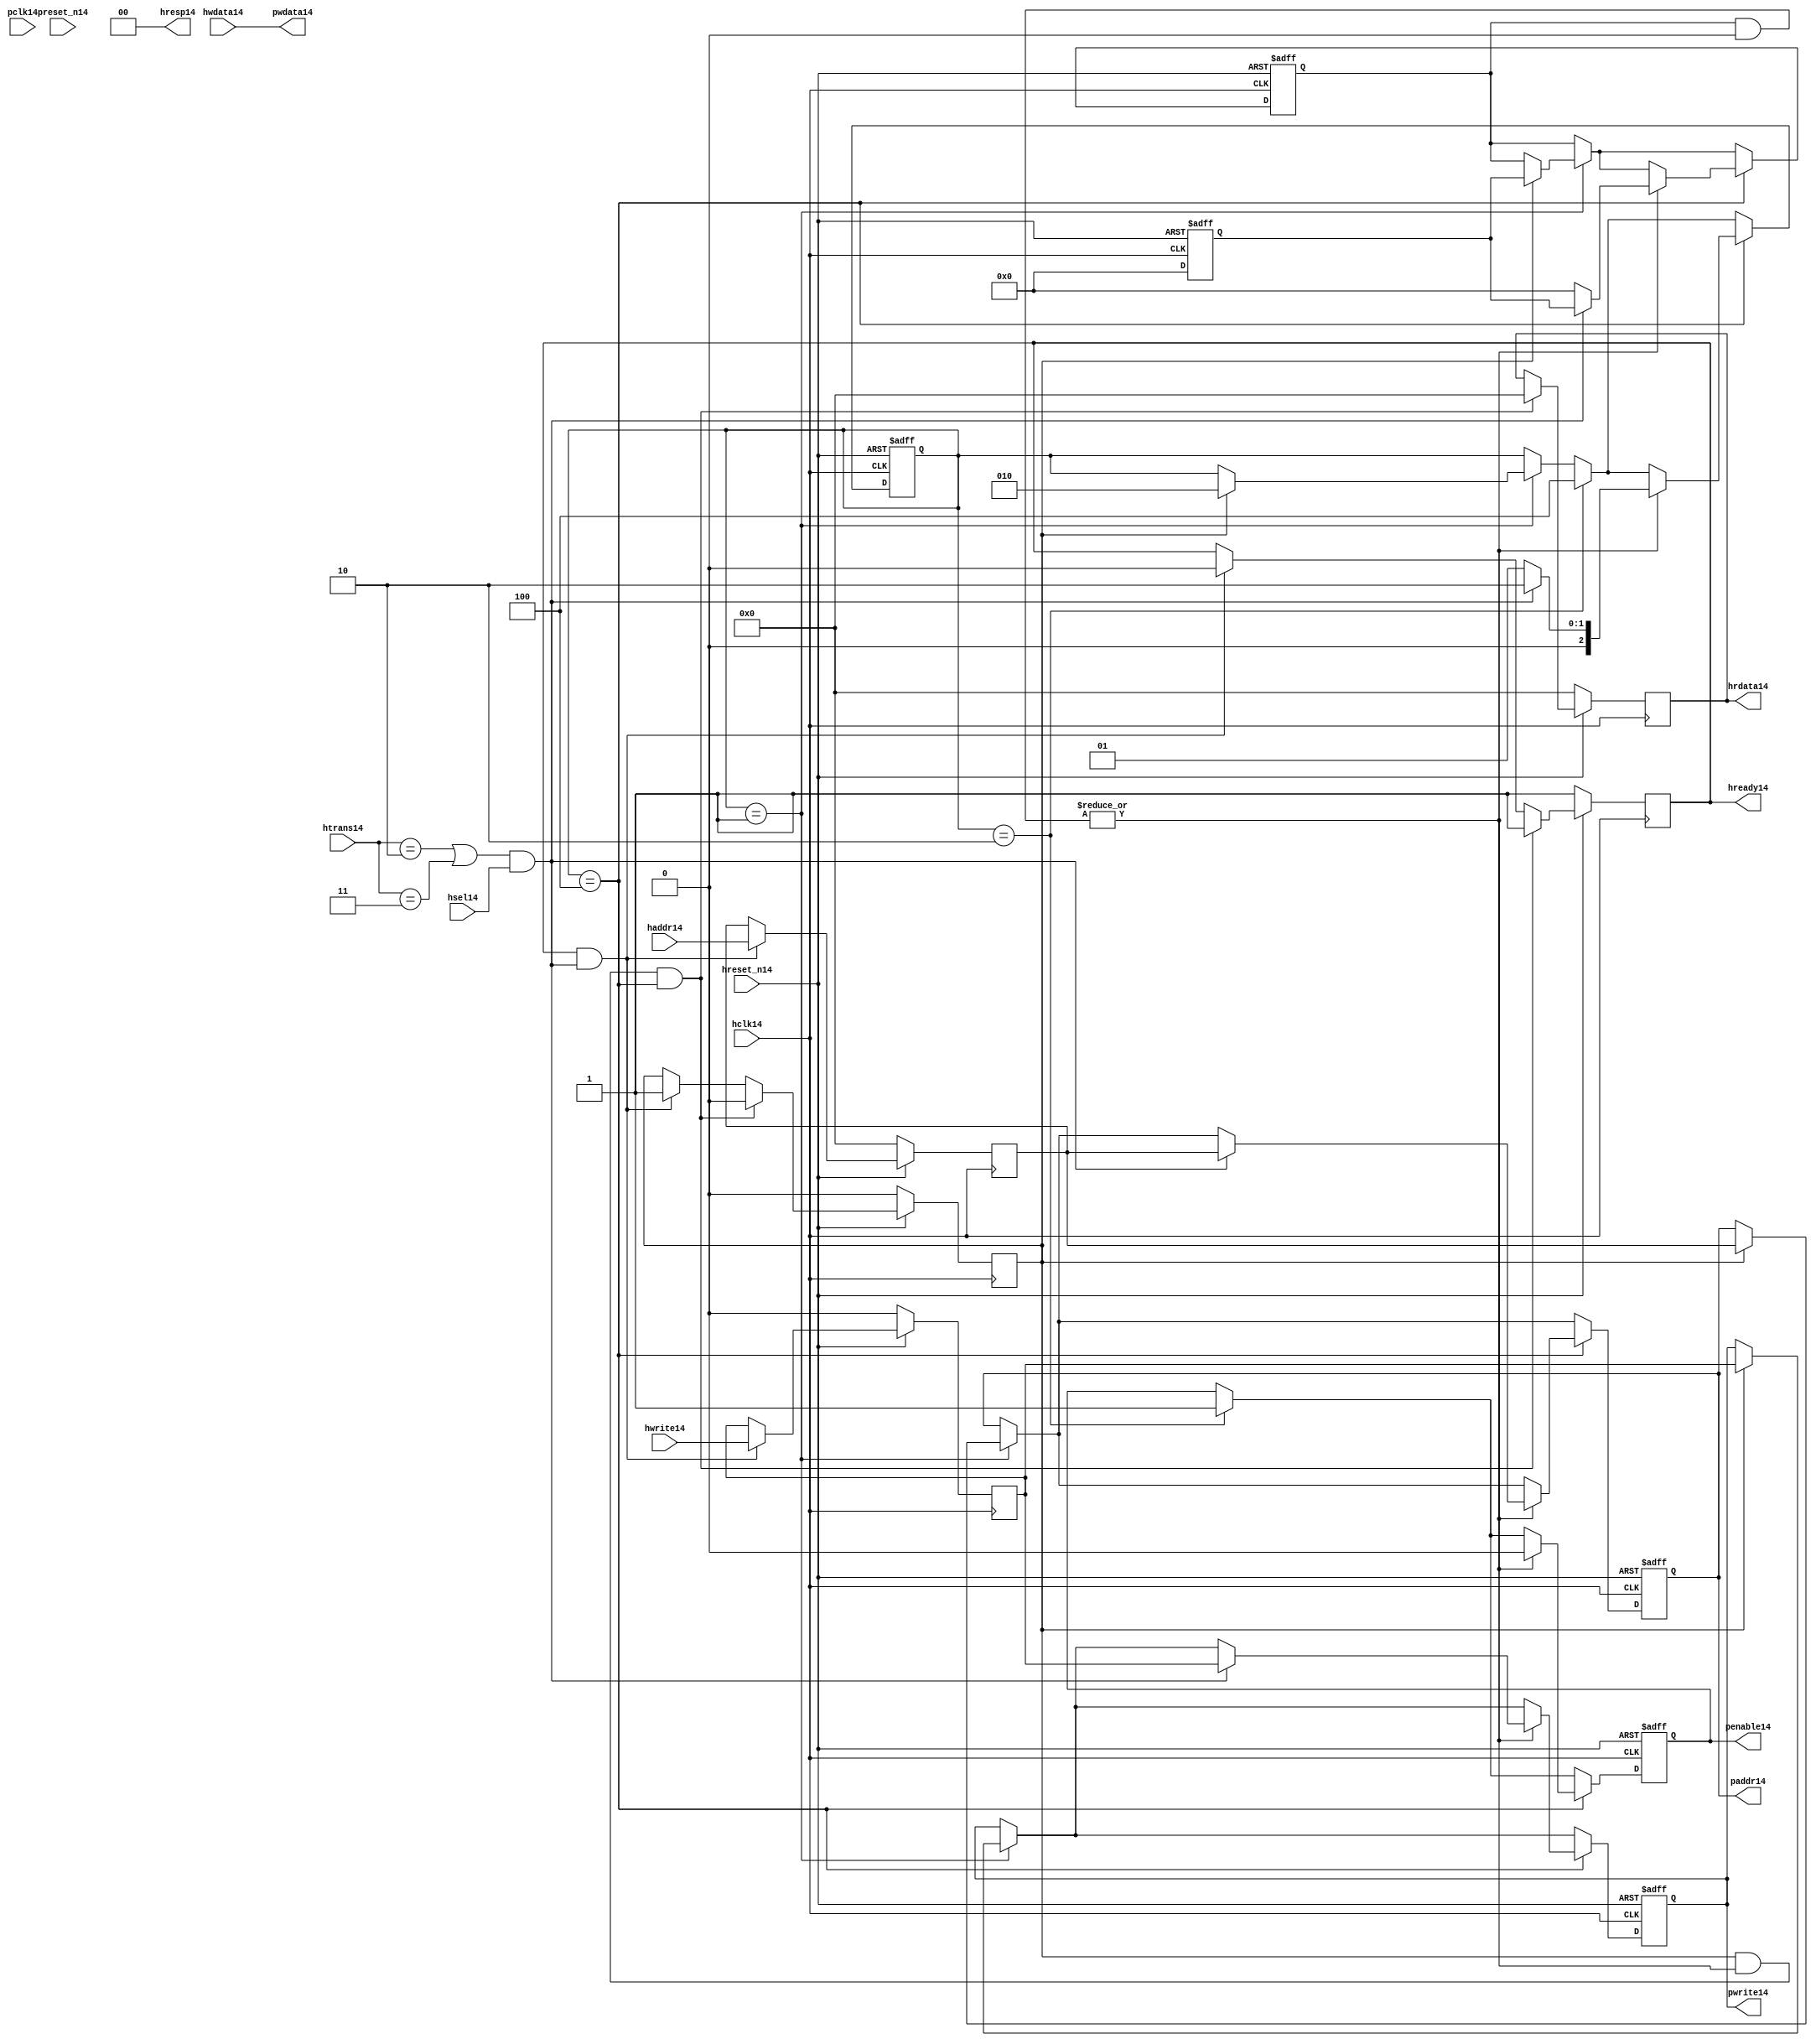
module ahb2apb14
(
  // AHB14 signals14
  hclk14,
  hreset_n14,
  hsel14,
  haddr14,
  htrans14,
  hwdata14,
  hwrite14,
  hrdata14,
  hready14,
  hresp14,
  
  // APB14 signals14 common to all APB14 slaves14
  pclk14,
  preset_n14,
  paddr14,
  penable14,
  pwrite14,
  pwdata14
  
  // Slave14 0 signals14
  `ifdef APB_SLAVE014
  ,psel014
  ,pready014
  ,prdata014
  `endif
  
  // Slave14 1 signals14
  `ifdef APB_SLAVE114
  ,psel114
  ,pready114
  ,prdata114
  `endif
  
  // Slave14 2 signals14
  `ifdef APB_SLAVE214
  ,psel214
  ,pready214
  ,prdata214
  `endif
  
  // Slave14 3 signals14
  `ifdef APB_SLAVE314
  ,psel314
  ,pready314
  ,prdata314
  `endif
  
  // Slave14 4 signals14
  `ifdef APB_SLAVE414
  ,psel414
  ,pready414
  ,prdata414
  `endif
  
  // Slave14 5 signals14
  `ifdef APB_SLAVE514
  ,psel514
  ,pready514
  ,prdata514
  `endif
  
  // Slave14 6 signals14
  `ifdef APB_SLAVE614
  ,psel614
  ,pready614
  ,prdata614
  `endif
  
  // Slave14 7 signals14
  `ifdef APB_SLAVE714
  ,psel714
  ,pready714
  ,prdata714
  `endif
  
  // Slave14 8 signals14
  `ifdef APB_SLAVE814
  ,psel814
  ,pready814
  ,prdata814
  `endif
  
  // Slave14 9 signals14
  `ifdef APB_SLAVE914
  ,psel914
  ,pready914
  ,prdata914
  `endif
  
  // Slave14 10 signals14
  `ifdef APB_SLAVE1014
  ,psel1014
  ,pready1014
  ,prdata1014
  `endif
  
  // Slave14 11 signals14
  `ifdef APB_SLAVE1114
  ,psel1114
  ,pready1114
  ,prdata1114
  `endif
  
  // Slave14 12 signals14
  `ifdef APB_SLAVE1214
  ,psel1214
  ,pready1214
  ,prdata1214
  `endif
  
  // Slave14 13 signals14
  `ifdef APB_SLAVE1314
  ,psel1314
  ,pready1314
  ,prdata1314
  `endif
  
  // Slave14 14 signals14
  `ifdef APB_SLAVE1414
  ,psel1414
  ,pready1414
  ,prdata1414
  `endif
  
  // Slave14 15 signals14
  `ifdef APB_SLAVE1514
  ,psel1514
  ,pready1514
  ,prdata1514
  `endif
  
);

parameter 
  APB_SLAVE0_START_ADDR14  = 32'h00000000,
  APB_SLAVE0_END_ADDR14    = 32'h00000000,
  APB_SLAVE1_START_ADDR14  = 32'h00000000,
  APB_SLAVE1_END_ADDR14    = 32'h00000000,
  APB_SLAVE2_START_ADDR14  = 32'h00000000,
  APB_SLAVE2_END_ADDR14    = 32'h00000000,
  APB_SLAVE3_START_ADDR14  = 32'h00000000,
  APB_SLAVE3_END_ADDR14    = 32'h00000000,
  APB_SLAVE4_START_ADDR14  = 32'h00000000,
  APB_SLAVE4_END_ADDR14    = 32'h00000000,
  APB_SLAVE5_START_ADDR14  = 32'h00000000,
  APB_SLAVE5_END_ADDR14    = 32'h00000000,
  APB_SLAVE6_START_ADDR14  = 32'h00000000,
  APB_SLAVE6_END_ADDR14    = 32'h00000000,
  APB_SLAVE7_START_ADDR14  = 32'h00000000,
  APB_SLAVE7_END_ADDR14    = 32'h00000000,
  APB_SLAVE8_START_ADDR14  = 32'h00000000,
  APB_SLAVE8_END_ADDR14    = 32'h00000000,
  APB_SLAVE9_START_ADDR14  = 32'h00000000,
  APB_SLAVE9_END_ADDR14    = 32'h00000000,
  APB_SLAVE10_START_ADDR14  = 32'h00000000,
  APB_SLAVE10_END_ADDR14    = 32'h00000000,
  APB_SLAVE11_START_ADDR14  = 32'h00000000,
  APB_SLAVE11_END_ADDR14    = 32'h00000000,
  APB_SLAVE12_START_ADDR14  = 32'h00000000,
  APB_SLAVE12_END_ADDR14    = 32'h00000000,
  APB_SLAVE13_START_ADDR14  = 32'h00000000,
  APB_SLAVE13_END_ADDR14    = 32'h00000000,
  APB_SLAVE14_START_ADDR14  = 32'h00000000,
  APB_SLAVE14_END_ADDR14    = 32'h00000000,
  APB_SLAVE15_START_ADDR14  = 32'h00000000,
  APB_SLAVE15_END_ADDR14    = 32'h00000000;

  // AHB14 signals14
input        hclk14;
input        hreset_n14;
input        hsel14;
input[31:0]  haddr14;
input[1:0]   htrans14;
input[31:0]  hwdata14;
input        hwrite14;
output[31:0] hrdata14;
reg   [31:0] hrdata14;
output       hready14;
output[1:0]  hresp14;
  
  // APB14 signals14 common to all APB14 slaves14
input       pclk14;
input       preset_n14;
output[31:0] paddr14;
reg   [31:0] paddr14;
output       penable14;
reg          penable14;
output       pwrite14;
reg          pwrite14;
output[31:0] pwdata14;
  
  // Slave14 0 signals14
`ifdef APB_SLAVE014
  output      psel014;
  input       pready014;
  input[31:0] prdata014;
`endif
  
  // Slave14 1 signals14
`ifdef APB_SLAVE114
  output      psel114;
  input       pready114;
  input[31:0] prdata114;
`endif
  
  // Slave14 2 signals14
`ifdef APB_SLAVE214
  output      psel214;
  input       pready214;
  input[31:0] prdata214;
`endif
  
  // Slave14 3 signals14
`ifdef APB_SLAVE314
  output      psel314;
  input       pready314;
  input[31:0] prdata314;
`endif
  
  // Slave14 4 signals14
`ifdef APB_SLAVE414
  output      psel414;
  input       pready414;
  input[31:0] prdata414;
`endif
  
  // Slave14 5 signals14
`ifdef APB_SLAVE514
  output      psel514;
  input       pready514;
  input[31:0] prdata514;
`endif
  
  // Slave14 6 signals14
`ifdef APB_SLAVE614
  output      psel614;
  input       pready614;
  input[31:0] prdata614;
`endif
  
  // Slave14 7 signals14
`ifdef APB_SLAVE714
  output      psel714;
  input       pready714;
  input[31:0] prdata714;
`endif
  
  // Slave14 8 signals14
`ifdef APB_SLAVE814
  output      psel814;
  input       pready814;
  input[31:0] prdata814;
`endif
  
  // Slave14 9 signals14
`ifdef APB_SLAVE914
  output      psel914;
  input       pready914;
  input[31:0] prdata914;
`endif
  
  // Slave14 10 signals14
`ifdef APB_SLAVE1014
  output      psel1014;
  input       pready1014;
  input[31:0] prdata1014;
`endif
  
  // Slave14 11 signals14
`ifdef APB_SLAVE1114
  output      psel1114;
  input       pready1114;
  input[31:0] prdata1114;
`endif
  
  // Slave14 12 signals14
`ifdef APB_SLAVE1214
  output      psel1214;
  input       pready1214;
  input[31:0] prdata1214;
`endif
  
  // Slave14 13 signals14
`ifdef APB_SLAVE1314
  output      psel1314;
  input       pready1314;
  input[31:0] prdata1314;
`endif
  
  // Slave14 14 signals14
`ifdef APB_SLAVE1414
  output      psel1414;
  input       pready1414;
  input[31:0] prdata1414;
`endif
  
  // Slave14 15 signals14
`ifdef APB_SLAVE1514
  output      psel1514;
  input       pready1514;
  input[31:0] prdata1514;
`endif
 
reg         ahb_addr_phase14;
reg         ahb_data_phase14;
wire        valid_ahb_trans14;
wire        pready_muxed14;
wire [31:0] prdata_muxed14;
reg  [31:0] haddr_reg14;
reg         hwrite_reg14;
reg  [2:0]  apb_state14;
wire [2:0]  apb_state_idle14;
wire [2:0]  apb_state_setup14;
wire [2:0]  apb_state_access14;
reg  [15:0] slave_select14;
wire [15:0] pready_vector14;
reg  [15:0] psel_vector14;
wire [31:0] prdata0_q14;
wire [31:0] prdata1_q14;
wire [31:0] prdata2_q14;
wire [31:0] prdata3_q14;
wire [31:0] prdata4_q14;
wire [31:0] prdata5_q14;
wire [31:0] prdata6_q14;
wire [31:0] prdata7_q14;
wire [31:0] prdata8_q14;
wire [31:0] prdata9_q14;
wire [31:0] prdata10_q14;
wire [31:0] prdata11_q14;
wire [31:0] prdata12_q14;
wire [31:0] prdata13_q14;
wire [31:0] prdata14_q14;
wire [31:0] prdata15_q14;

// assign pclk14     = hclk14;
// assign preset_n14 = hreset_n14;
assign hready14   = ahb_addr_phase14;
assign pwdata14   = hwdata14;
assign hresp14  = 2'b00;

// Respond14 to NONSEQ14 or SEQ transfers14
assign valid_ahb_trans14 = ((htrans14 == 2'b10) || (htrans14 == 2'b11)) && (hsel14 == 1'b1);

always @(posedge hclk14) begin
  if (hreset_n14 == 1'b0) begin
    ahb_addr_phase14 <= 1'b1;
    ahb_data_phase14 <= 1'b0;
    haddr_reg14      <= 'b0;
    hwrite_reg14     <= 1'b0;
    hrdata14         <= 'b0;
  end
  else begin
    if (ahb_addr_phase14 == 1'b1 && valid_ahb_trans14 == 1'b1) begin
      ahb_addr_phase14 <= 1'b0;
      ahb_data_phase14 <= 1'b1;
      haddr_reg14      <= haddr14;
      hwrite_reg14     <= hwrite14;
    end
    if (ahb_data_phase14 == 1'b1 && pready_muxed14 == 1'b1 && apb_state14 == apb_state_access14) begin
      ahb_addr_phase14 <= 1'b1;
      ahb_data_phase14 <= 1'b0;
      hrdata14         <= prdata_muxed14;
    end
  end
end

// APB14 state machine14 state definitions14
assign apb_state_idle14   = 3'b001;
assign apb_state_setup14  = 3'b010;
assign apb_state_access14 = 3'b100;

// APB14 state machine14
always @(posedge hclk14 or negedge hreset_n14) begin
  if (hreset_n14 == 1'b0) begin
    apb_state14   <= apb_state_idle14;
    psel_vector14 <= 1'b0;
    penable14     <= 1'b0;
    paddr14       <= 1'b0;
    pwrite14      <= 1'b0;
  end  
  else begin
    
    // IDLE14 -> SETUP14
    if (apb_state14 == apb_state_idle14) begin
      if (ahb_data_phase14 == 1'b1) begin
        apb_state14   <= apb_state_setup14;
        psel_vector14 <= slave_select14;
        paddr14       <= haddr_reg14;
        pwrite14      <= hwrite_reg14;
      end  
    end
    
    // SETUP14 -> TRANSFER14
    if (apb_state14 == apb_state_setup14) begin
      apb_state14 <= apb_state_access14;
      penable14   <= 1'b1;
    end
    
    // TRANSFER14 -> SETUP14 or
    // TRANSFER14 -> IDLE14
    if (apb_state14 == apb_state_access14) begin
      if (pready_muxed14 == 1'b1) begin
      
        // TRANSFER14 -> SETUP14
        if (valid_ahb_trans14 == 1'b1) begin
          apb_state14   <= apb_state_setup14;
          penable14     <= 1'b0;
          psel_vector14 <= slave_select14;
          paddr14       <= haddr_reg14;
          pwrite14      <= hwrite_reg14;
        end  
        
        // TRANSFER14 -> IDLE14
        else begin
          apb_state14   <= apb_state_idle14;      
          penable14     <= 1'b0;
          psel_vector14 <= 'b0;
        end  
      end
    end
    
  end
end

always @(posedge hclk14 or negedge hreset_n14) begin
  if (hreset_n14 == 1'b0)
    slave_select14 <= 'b0;
  else begin  
  `ifdef APB_SLAVE014
     slave_select14[0]   <= valid_ahb_trans14 && (haddr14 >= APB_SLAVE0_START_ADDR14)  && (haddr14 <= APB_SLAVE0_END_ADDR14);
   `else
     slave_select14[0]   <= 1'b0;
   `endif
   
   `ifdef APB_SLAVE114
     slave_select14[1]   <= valid_ahb_trans14 && (haddr14 >= APB_SLAVE1_START_ADDR14)  && (haddr14 <= APB_SLAVE1_END_ADDR14);
   `else
     slave_select14[1]   <= 1'b0;
   `endif  
     
   `ifdef APB_SLAVE214  
     slave_select14[2]   <= valid_ahb_trans14 && (haddr14 >= APB_SLAVE2_START_ADDR14)  && (haddr14 <= APB_SLAVE2_END_ADDR14);
   `else
     slave_select14[2]   <= 1'b0;
   `endif  
     
   `ifdef APB_SLAVE314  
     slave_select14[3]   <= valid_ahb_trans14 && (haddr14 >= APB_SLAVE3_START_ADDR14)  && (haddr14 <= APB_SLAVE3_END_ADDR14);
   `else
     slave_select14[3]   <= 1'b0;
   `endif  
     
   `ifdef APB_SLAVE414  
     slave_select14[4]   <= valid_ahb_trans14 && (haddr14 >= APB_SLAVE4_START_ADDR14)  && (haddr14 <= APB_SLAVE4_END_ADDR14);
   `else
     slave_select14[4]   <= 1'b0;
   `endif  
     
   `ifdef APB_SLAVE514  
     slave_select14[5]   <= valid_ahb_trans14 && (haddr14 >= APB_SLAVE5_START_ADDR14)  && (haddr14 <= APB_SLAVE5_END_ADDR14);
   `else
     slave_select14[5]   <= 1'b0;
   `endif  
     
   `ifdef APB_SLAVE614  
     slave_select14[6]   <= valid_ahb_trans14 && (haddr14 >= APB_SLAVE6_START_ADDR14)  && (haddr14 <= APB_SLAVE6_END_ADDR14);
   `else
     slave_select14[6]   <= 1'b0;
   `endif  
     
   `ifdef APB_SLAVE714  
     slave_select14[7]   <= valid_ahb_trans14 && (haddr14 >= APB_SLAVE7_START_ADDR14)  && (haddr14 <= APB_SLAVE7_END_ADDR14);
   `else
     slave_select14[7]   <= 1'b0;
   `endif  
     
   `ifdef APB_SLAVE814  
     slave_select14[8]   <= valid_ahb_trans14 && (haddr14 >= APB_SLAVE8_START_ADDR14)  && (haddr14 <= APB_SLAVE8_END_ADDR14);
   `else
     slave_select14[8]   <= 1'b0;
   `endif  
     
   `ifdef APB_SLAVE914  
     slave_select14[9]   <= valid_ahb_trans14 && (haddr14 >= APB_SLAVE9_START_ADDR14)  && (haddr14 <= APB_SLAVE9_END_ADDR14);
   `else
     slave_select14[9]   <= 1'b0;
   `endif  
     
   `ifdef APB_SLAVE1014  
     slave_select14[10]  <= valid_ahb_trans14 && (haddr14 >= APB_SLAVE10_START_ADDR14) && (haddr14 <= APB_SLAVE10_END_ADDR14);
   `else
     slave_select14[10]   <= 1'b0;
   `endif  
     
   `ifdef APB_SLAVE1114  
     slave_select14[11]  <= valid_ahb_trans14 && (haddr14 >= APB_SLAVE11_START_ADDR14) && (haddr14 <= APB_SLAVE11_END_ADDR14);
   `else
     slave_select14[11]   <= 1'b0;
   `endif  
     
   `ifdef APB_SLAVE1214  
     slave_select14[12]  <= valid_ahb_trans14 && (haddr14 >= APB_SLAVE12_START_ADDR14) && (haddr14 <= APB_SLAVE12_END_ADDR14);
   `else
     slave_select14[12]   <= 1'b0;
   `endif  
     
   `ifdef APB_SLAVE1314  
     slave_select14[13]  <= valid_ahb_trans14 && (haddr14 >= APB_SLAVE13_START_ADDR14) && (haddr14 <= APB_SLAVE13_END_ADDR14);
   `else
     slave_select14[13]   <= 1'b0;
   `endif  
     
   `ifdef APB_SLAVE1414  
     slave_select14[14]  <= valid_ahb_trans14 && (haddr14 >= APB_SLAVE14_START_ADDR14) && (haddr14 <= APB_SLAVE14_END_ADDR14);
   `else
     slave_select14[14]   <= 1'b0;
   `endif  
     
   `ifdef APB_SLAVE1514  
     slave_select14[15]  <= valid_ahb_trans14 && (haddr14 >= APB_SLAVE15_START_ADDR14) && (haddr14 <= APB_SLAVE15_END_ADDR14);
   `else
     slave_select14[15]   <= 1'b0;
   `endif  
  end
end

assign pready_muxed14 = |(psel_vector14 & pready_vector14);
assign prdata_muxed14 = prdata0_q14  | prdata1_q14  | prdata2_q14  | prdata3_q14  |
                      prdata4_q14  | prdata5_q14  | prdata6_q14  | prdata7_q14  |
                      prdata8_q14  | prdata9_q14  | prdata10_q14 | prdata11_q14 |
                      prdata12_q14 | prdata13_q14 | prdata14_q14 | prdata15_q14 ;

`ifdef APB_SLAVE014
  assign psel014            = psel_vector14[0];
  assign pready_vector14[0] = pready014;
  assign prdata0_q14        = (psel014 == 1'b1) ? prdata014 : 'b0;
`else
  assign pready_vector14[0] = 1'b0;
  assign prdata0_q14        = 'b0;
`endif

`ifdef APB_SLAVE114
  assign psel114            = psel_vector14[1];
  assign pready_vector14[1] = pready114;
  assign prdata1_q14        = (psel114 == 1'b1) ? prdata114 : 'b0;
`else
  assign pready_vector14[1] = 1'b0;
  assign prdata1_q14        = 'b0;
`endif

`ifdef APB_SLAVE214
  assign psel214            = psel_vector14[2];
  assign pready_vector14[2] = pready214;
  assign prdata2_q14        = (psel214 == 1'b1) ? prdata214 : 'b0;
`else
  assign pready_vector14[2] = 1'b0;
  assign prdata2_q14        = 'b0;
`endif

`ifdef APB_SLAVE314
  assign psel314            = psel_vector14[3];
  assign pready_vector14[3] = pready314;
  assign prdata3_q14        = (psel314 == 1'b1) ? prdata314 : 'b0;
`else
  assign pready_vector14[3] = 1'b0;
  assign prdata3_q14        = 'b0;
`endif

`ifdef APB_SLAVE414
  assign psel414            = psel_vector14[4];
  assign pready_vector14[4] = pready414;
  assign prdata4_q14        = (psel414 == 1'b1) ? prdata414 : 'b0;
`else
  assign pready_vector14[4] = 1'b0;
  assign prdata4_q14        = 'b0;
`endif

`ifdef APB_SLAVE514
  assign psel514            = psel_vector14[5];
  assign pready_vector14[5] = pready514;
  assign prdata5_q14        = (psel514 == 1'b1) ? prdata514 : 'b0;
`else
  assign pready_vector14[5] = 1'b0;
  assign prdata5_q14        = 'b0;
`endif

`ifdef APB_SLAVE614
  assign psel614            = psel_vector14[6];
  assign pready_vector14[6] = pready614;
  assign prdata6_q14        = (psel614 == 1'b1) ? prdata614 : 'b0;
`else
  assign pready_vector14[6] = 1'b0;
  assign prdata6_q14        = 'b0;
`endif

`ifdef APB_SLAVE714
  assign psel714            = psel_vector14[7];
  assign pready_vector14[7] = pready714;
  assign prdata7_q14        = (psel714 == 1'b1) ? prdata714 : 'b0;
`else
  assign pready_vector14[7] = 1'b0;
  assign prdata7_q14        = 'b0;
`endif

`ifdef APB_SLAVE814
  assign psel814            = psel_vector14[8];
  assign pready_vector14[8] = pready814;
  assign prdata8_q14        = (psel814 == 1'b1) ? prdata814 : 'b0;
`else
  assign pready_vector14[8] = 1'b0;
  assign prdata8_q14        = 'b0;
`endif

`ifdef APB_SLAVE914
  assign psel914            = psel_vector14[9];
  assign pready_vector14[9] = pready914;
  assign prdata9_q14        = (psel914 == 1'b1) ? prdata914 : 'b0;
`else
  assign pready_vector14[9] = 1'b0;
  assign prdata9_q14        = 'b0;
`endif

`ifdef APB_SLAVE1014
  assign psel1014            = psel_vector14[10];
  assign pready_vector14[10] = pready1014;
  assign prdata10_q14        = (psel1014 == 1'b1) ? prdata1014 : 'b0;
`else
  assign pready_vector14[10] = 1'b0;
  assign prdata10_q14        = 'b0;
`endif

`ifdef APB_SLAVE1114
  assign psel1114            = psel_vector14[11];
  assign pready_vector14[11] = pready1114;
  assign prdata11_q14        = (psel1114 == 1'b1) ? prdata1114 : 'b0;
`else
  assign pready_vector14[11] = 1'b0;
  assign prdata11_q14        = 'b0;
`endif

`ifdef APB_SLAVE1214
  assign psel1214            = psel_vector14[12];
  assign pready_vector14[12] = pready1214;
  assign prdata12_q14        = (psel1214 == 1'b1) ? prdata1214 : 'b0;
`else
  assign pready_vector14[12] = 1'b0;
  assign prdata12_q14        = 'b0;
`endif

`ifdef APB_SLAVE1314
  assign psel1314            = psel_vector14[13];
  assign pready_vector14[13] = pready1314;
  assign prdata13_q14        = (psel1314 == 1'b1) ? prdata1314 : 'b0;
`else
  assign pready_vector14[13] = 1'b0;
  assign prdata13_q14        = 'b0;
`endif

`ifdef APB_SLAVE1414
  assign psel1414            = psel_vector14[14];
  assign pready_vector14[14] = pready1414;
  assign prdata14_q14        = (psel1414 == 1'b1) ? prdata1414 : 'b0;
`else
  assign pready_vector14[14] = 1'b0;
  assign prdata14_q14        = 'b0;
`endif

`ifdef APB_SLAVE1514
  assign psel1514            = psel_vector14[15];
  assign pready_vector14[15] = pready1514;
  assign prdata15_q14        = (psel1514 == 1'b1) ? prdata1514 : 'b0;
`else
  assign pready_vector14[15] = 1'b0;
  assign prdata15_q14        = 'b0;
`endif

endmodule